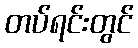
တပ်ရင်းတွင်